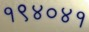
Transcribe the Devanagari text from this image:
१९४०४१